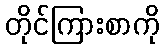
တိုင်ကြားစာကို